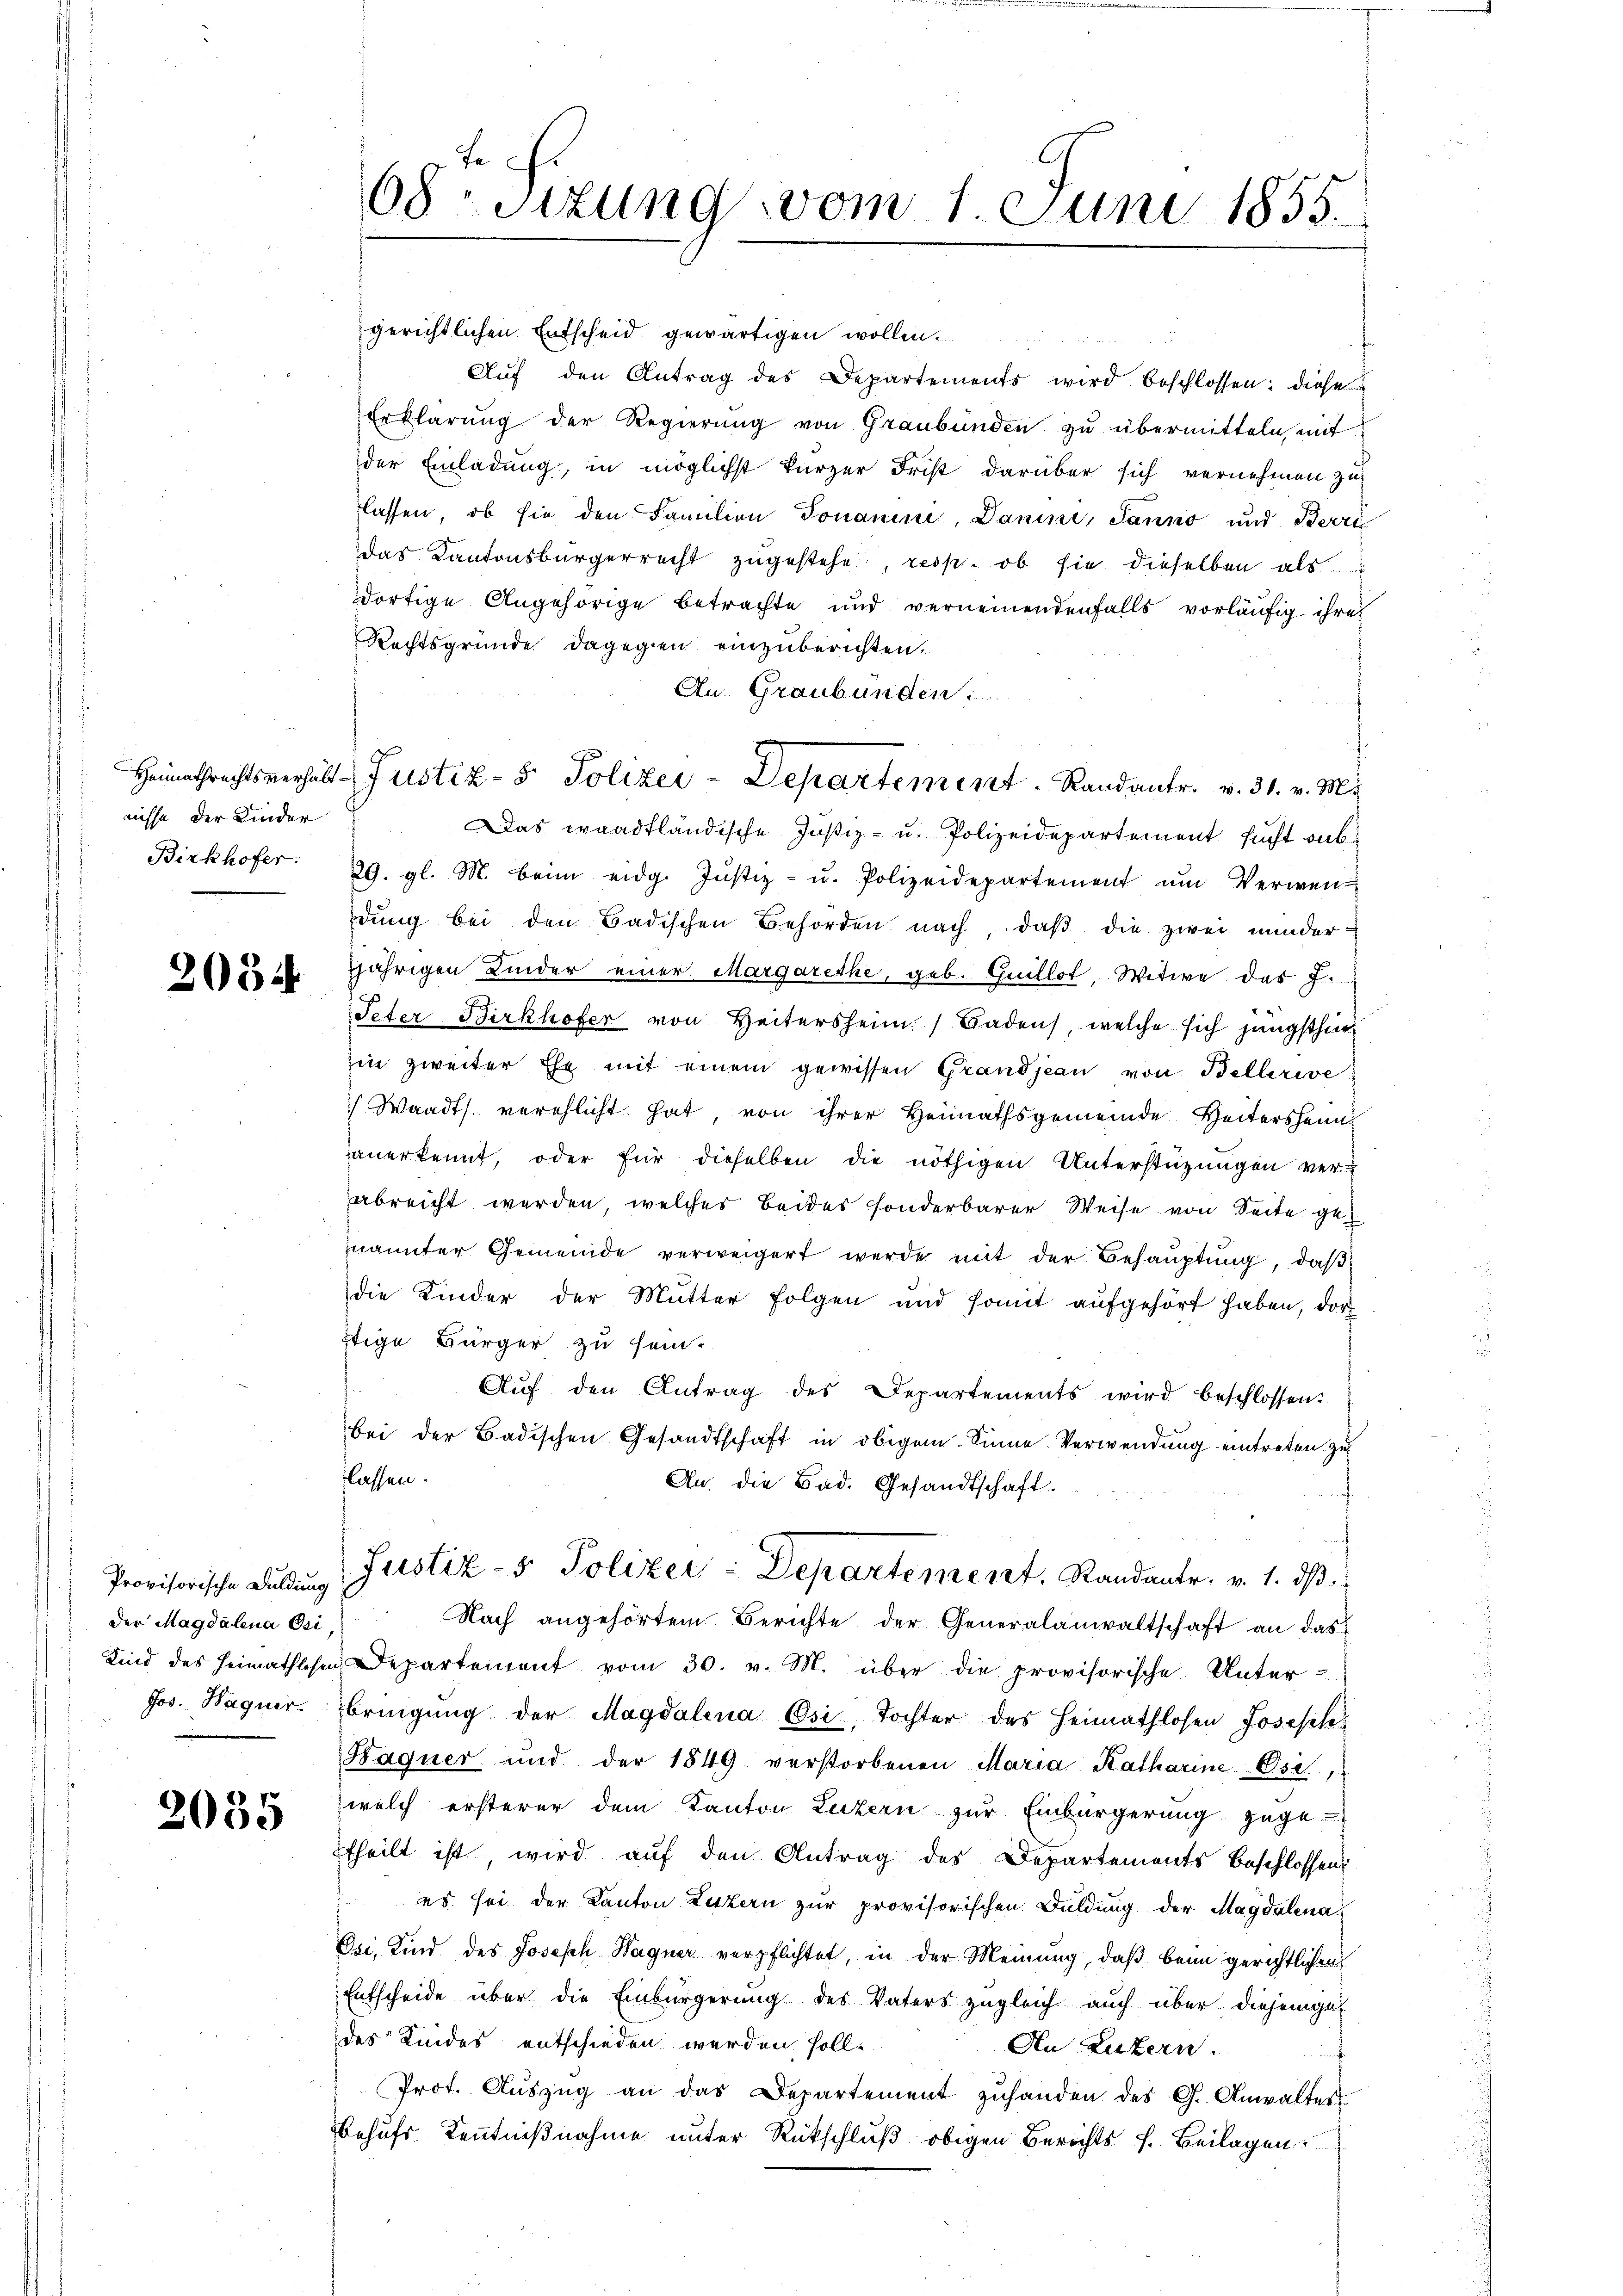
nisse der Kinder
Birkhofer.

2034

Provisorische Duldung
Der Magdalena Osi,
Jos. Hagner.

2035

gerichtlichen Entscheid gewärtigen wollen.
Aŭf den Antrag des Departements wird beschlossen: diese
Erklärŭng der Regierŭng von Graubünden zŭ übermitteln mit
der Einladung, in möglichst kurzer Frist darüber sich vernehmen zu
lassen, ob sie den Familien Tonanini, Danini, Janno und Beri
das Kantonsbürgerrecht zugestehe, resp. ob sie dieselben als
ortige Angehörige betrachte und verneinendenfalls vorläufig ihre
Rechtsgründe dagegen einzuberichten.
An Graubünden
Heimathrechtsverhält Justiz- & Polizei-Departement. Randantr. v. 31. v. M.
Das waadtländische Justiz- u. Polizeidepartement sucht sub¬
29. gl. M. beim eidg. Jŭstiz- u. Polizeidepartement ŭm Verwen-
dŭng bei den Badischen Behörden nach, daβ die zwei minder-
jährigen Kinder einer Margarethe, geb. Guillot, Witwe des J.
Peter Birkhofer von Heitersheim Badens, welche sich jüngsthin
in zweiter Ehe mit einem gewissen Grandjean von Bellerie
 Waadt verehlicht hat, von ihrer Heimathsgemeinde Heitersheim
anerkennt, oder für dieselben die nöthigen Unterstützungen verabreicht werden, welches Beides sonderbarer Weise von Seite genannter Gemeinde verweigert werde mit der Behauptung, daß
die Kinder der Mutter folgen und somit aŭfgehört haben, dor
Itige Bürger zu sein.
Auf den Antrag des Departements wird beschlossen:
bei der Badischen Gesandtschaft in obigem Sinne Verwendung eintreten zu
lassen.
An die Bad. Gesandtschaft.
Justiz- & Polizer-Departement, Randantr. v. 1. ds.
Nach angehörten Berichte der Generalanwaltschaft an das
Kind des Heimathlosen Departement vom 30. v. M. über die provisorische Unter-
bringŭng der Magdalena Osi, Tochter des Heimathlosen Joseph
Hagner und der 1849 verstorbenen Maria Katharine Osi,
welch ersterer dem Kanton Luzern zur Einbürgerung gege
theilt ist, wird auf den Antrag des Departements beschlossen
es sei der Kanton Luzern zur provisorischen Duldung der Magdalena
Osi. Kind des Joseph Hagner verpflichtet, in der Meinung, daß beim gerichtlichen
Entscheide über die Einbürgerung des Vaters zugleich auch über diesem ges
des Kindes entschieden werden solle
An Luzern.
Prot. Auszug an das Departement zuhanden des G. Anwalter
Behufs Kenntnißnahme unter Rückschluß obigen Berichts s. Beilagen.

68te Sizung vom 1 Juni 1855.